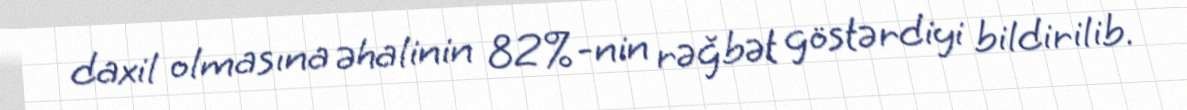
daxil olmasına əhalinin 82%-nin rəğbət göstərdiyi bildirilib.